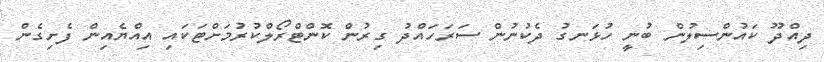
ދިއްދޫ ކައުންސިލުން ބުނީ ހުޅަނގު ދެކުނުން ސަރަހައްދު ގިރުން ކޮންޓްރޯލްކުރުމަށްޓަކައި އިއްޔެއިން ފެށިގެން